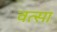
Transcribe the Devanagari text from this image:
वत्सा